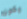
يكون